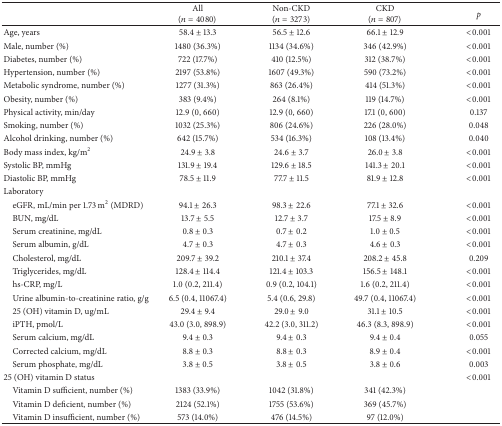
<table><thead><tr><td><b> </b></td><td><b>All(<i>n</i> = 4080)</b></td><td><b>Non-CKD(<i>n</i> = 3273)</b></td><td><b>CKD(<i>n</i> = 807)</b></td><td><b><i>p</i></b></td></tr></thead><tbody><tr><td>Age, years</td><td>58.4 ± 13.3</td><td>56.5 ± 12.6</td><td>66.1 ± 12.9</td><td>&lt;0.001</td></tr><tr><td>Male, number (%)</td><td>1480 (36.3%)</td><td>1134 (34.6%)</td><td>346 (42.9%)</td><td>&lt;0.001</td></tr><tr><td>Diabetes, number (%)</td><td>722 (17.7%)</td><td>410 (12.5%)</td><td>312 (38.7%)</td><td>&lt;0.001</td></tr><tr><td>Hypertension, number (%)</td><td>2197 (53.8%)</td><td>1607 (49.3%)</td><td>590 (73.2%)</td><td>&lt;0.001</td></tr><tr><td>Metabolic syndrome, number (%)</td><td>1277 (31.3%)</td><td>863 (26.4%)</td><td>414 (51.3%)</td><td>&lt;0.001</td></tr><tr><td>Obesity, number (%)</td><td>383 (9.4%)</td><td>264 (8.1%)</td><td>119 (14.7%)</td><td>&lt;0.001</td></tr><tr><td>Physical activity, min/day</td><td>12.9 (0, 660)</td><td>12.9 (0, 660)</td><td>17.1 (0, 600)</td><td>0.137</td></tr><tr><td>Smoking, number (%)</td><td>1032 (25.3%)</td><td>806 (24.6%)</td><td>226 (28.0%)</td><td>0.048</td></tr><tr><td>Alcohol drinking, number (%)</td><td>642 (15.7%)</td><td>534 (16.3%)</td><td>108 (13.4%)</td><td>0.040</td></tr><tr><td>Body mass index, kg/m<sup>2</sup></td><td>24.9 ± 3.8</td><td>24.6 ± 3.7</td><td>26.0 ± 3.8</td><td>&lt;0.001</td></tr><tr><td>Systolic BP, mmHg</td><td>131.9 ± 19.4</td><td>129.6 ± 18.5</td><td>141.3 ± 20.1</td><td>&lt;0.001</td></tr><tr><td>Diastolic BP, mmHg</td><td>78.5 ± 11.9</td><td>77.7 ± 11.5</td><td>81.9 ± 12.8</td><td>&lt;0.001</td></tr><tr><td>Laboratory</td><td> </td><td> </td><td> </td><td> </td></tr><tr><td> eGFR, mL/min per 1.73 m<sup>2</sup> (MDRD)</td><td>94.1 ± 26.3</td><td>98.3 ± 22.6</td><td>77.1 ± 32.6</td><td>&lt;0.001</td></tr><tr><td> BUN, mg/dL</td><td>13.7 ± 5.5</td><td>12.7 ± 3.7</td><td>17.5 ± 8.9</td><td>&lt;0.001</td></tr><tr><td> Serum creatinine, mg/dL</td><td>0.8 ± 0.3</td><td>0.7 ± 0.2</td><td>1.0 ± 0.5</td><td>&lt;0.001</td></tr><tr><td> Serum albumin, g/dL</td><td>4.7 ± 0.3</td><td>4.7 ± 0.3</td><td>4.6 ± 0.3</td><td>&lt;0.001</td></tr><tr><td> Cholesterol, mg/dL</td><td>209.7 ± 39.2</td><td>210.1 ± 37.4</td><td>208.2 ± 45.8</td><td>0.209</td></tr><tr><td> Triglycerides, mg/dL</td><td>128.4 ± 114.4</td><td>121.4 ± 103.3</td><td>156.5 ± 148.1</td><td>&lt;0.001</td></tr><tr><td> hs-CRP, mg/L</td><td>1.0 (0.2, 211.4)</td><td>0.9 (0.2, 104.1)</td><td>1.6 (0.2, 211.4)</td><td>&lt;0.001</td></tr><tr><td> Urine albumin-to-creatinine ratio, g/g</td><td>6.5 (0.4, 11067.4)</td><td>5.4 (0.6, 29.8)</td><td>49.7 (0.4, 11067.4)</td><td>&lt;0.001</td></tr><tr><td> 25 (OH) vitamin D, ug/mL</td><td>29.4 ± 9.4</td><td>29.0 ± 9.0</td><td>31.1 ± 10.5</td><td>&lt;0.001</td></tr><tr><td> iPTH, pmol/L</td><td>43.0 (3.0, 898.9)</td><td>42.2 (3.0, 311.2)</td><td>46.3 (8.3, 898.9)</td><td>&lt;0.001</td></tr><tr><td> Serum calcium, mg/dL</td><td>9.4 ± 0.3</td><td>9.4 ± 0.3</td><td>9.4 ± 0.4</td><td>0.055</td></tr><tr><td> Corrected calcium, mg/dL</td><td>8.8 ± 0.3</td><td>8.8 ± 0.3</td><td>8.9 ± 0.4</td><td>&lt;0.001</td></tr><tr><td> Serum phosphate, mg/dL</td><td>3.8 ± 0.5</td><td>3.8 ± 0.5</td><td>3.8 ± 0.6</td><td>0.003</td></tr><tr><td>25 (OH) vitamin D status</td><td> </td><td> </td><td> </td><td>&lt;0.001</td></tr><tr><td> Vitamin D sufficient, number (%)</td><td>1383 (33.9%)</td><td>1042 (31.8%)</td><td>341 (42.3%)</td><td> </td></tr><tr><td> Vitamin D deficient, number (%)</td><td>2124 (52.1%)</td><td>1755 (53.6%)</td><td>369 (45.7%)</td><td> </td></tr><tr><td> Vitamin D insufficient, number (%)</td><td>573 (14.0%)</td><td>476 (14.5%)</td><td>97 (12.0%)</td><td> </td></tr></tbody></table>